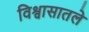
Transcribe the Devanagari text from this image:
विश्वासातले